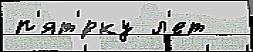
п'ят'́рку л'ет